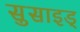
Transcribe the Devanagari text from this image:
सुसाइड्